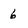
Character: 6